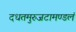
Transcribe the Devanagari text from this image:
दधतमुरुजटामण्डलं